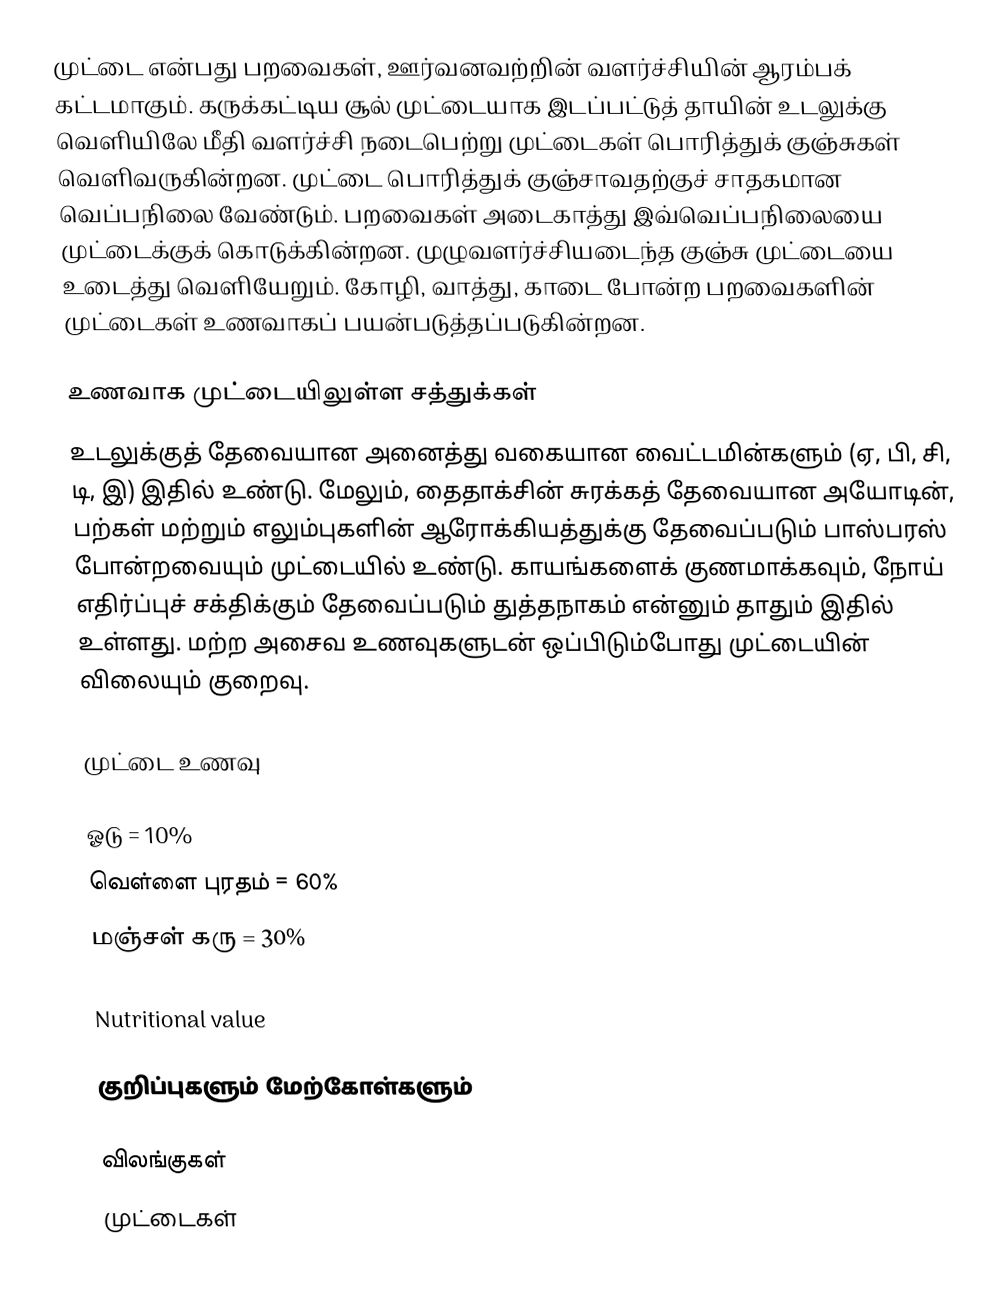
முட்டை என்பது பறவைகள், ஊர்வனவற்றின் வளர்ச்சியின் ஆரம்பக் கட்டமாகும். கருக்கட்டிய சூல் முட்டையாக இடப்பட்டுத் தாயின் உடலுக்கு வெளியிலே மீதி வளர்ச்சி நடைபெற்று முட்டைகள் பொரித்துக் குஞ்சுகள் வெளிவருகின்றன. முட்டை பொரித்துக் குஞ்சாவதற்குச் சாதகமான வெப்பநிலை வேண்டும். பறவைகள் அடைகாத்து இவ்வெப்பநிலையை முட்டைக்குக் கொடுக்கின்றன. முழுவளர்ச்சியடைந்த குஞ்சு முட்டையை உடைத்து வெளியேறும். கோழி, வாத்து, காடை போன்ற பறவைகளின் முட்டைகள் உணவாகப் பயன்படுத்தப்படுகின்றன.

உணவாக முட்டையிலுள்ள சத்துக்கள்
உடலுக்குத் தேவையான அனைத்து வகையான வைட்டமின்களும் (ஏ, பி, சி, டி, இ) இதில் உண்டு. மேலும், தைதாக்சின் சுரக்கத் தேவையான அயோடின், பற்கள் மற்றும் எலும்புகளின் ஆரோக்கியத்துக்கு தேவைப்படும் பாஸ்பரஸ் போன்றவையும் முட்டையில் உண்டு. காயங்களைக் குணமாக்கவும், நோய் எதிர்ப்புச் சக்திக்கும் தேவைப்படும் துத்தநாகம் என்னும் தாதும் இதில் உள்ளது. மற்ற அசைவ உணவுகளுடன் ஒப்பிடும்போது முட்டையின் விலையும் குறைவு.

முட்டை உணவு

 ஓடு             = 10%
 வெள்ளை புரதம்  = 60%
 மஞ்சள் கரு      = 30%

Nutritional value

குறிப்புகளும் மேற்கோள்களும்

விலங்குகள்
முட்டைகள்